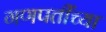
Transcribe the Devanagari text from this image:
गणपतींच्या